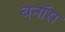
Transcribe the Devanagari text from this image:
बनॉस